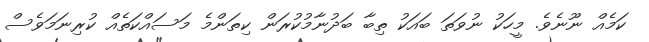
ކަމެއް ނޫނެވެ. މީހަކު ނުވަތަ ބައަކު ތިބާ ބަދުނާމުކުރަން ކިތަންމެ މަސައްކަތެއް ކުރިނަމަވެސް